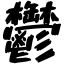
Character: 鬱